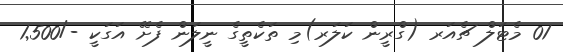
01 މެޓަލް ޗެއަރ (ގްރީން ކަލަރ)މި ތަކެތީގެ ނީލަން ފެށޭ އަގަކީ -/1